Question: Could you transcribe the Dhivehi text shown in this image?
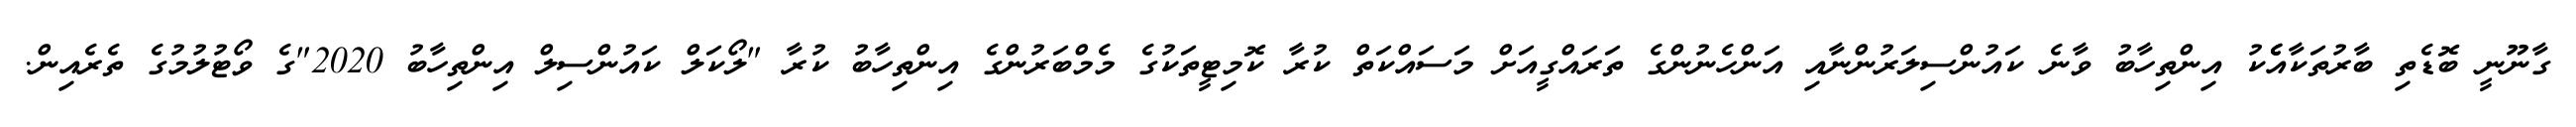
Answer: ގާނޫނީ ބޮޑެތި ބާރުތަކާއެެކު އިންތިހާބު ވާނެ ކައުންސިލަރުންނާއި އަންހެނުންގެ ތަރައްގީއަށް މަސައްކަތް ކުރާ ކޮމިޓީތަކުގެ މެމްބަރުންގެ އިންތިހާބު ކުރާ "ލޯކަލް ކައުންސިލް އިންތިހާބު 2020"ގެ ވޯޓުލުމުގެ ތެރެއިން.